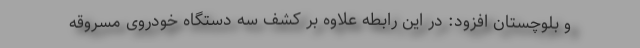
و بلوچستان افزود: در این رابطه علاوه بر کشف سه دستگاه خودروی مسروقه